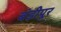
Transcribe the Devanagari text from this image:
बंडीपूर